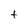
Character: t